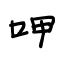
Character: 呷